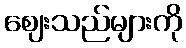
ဈေးသည်များကို